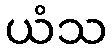
ယံသ